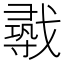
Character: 𫼈